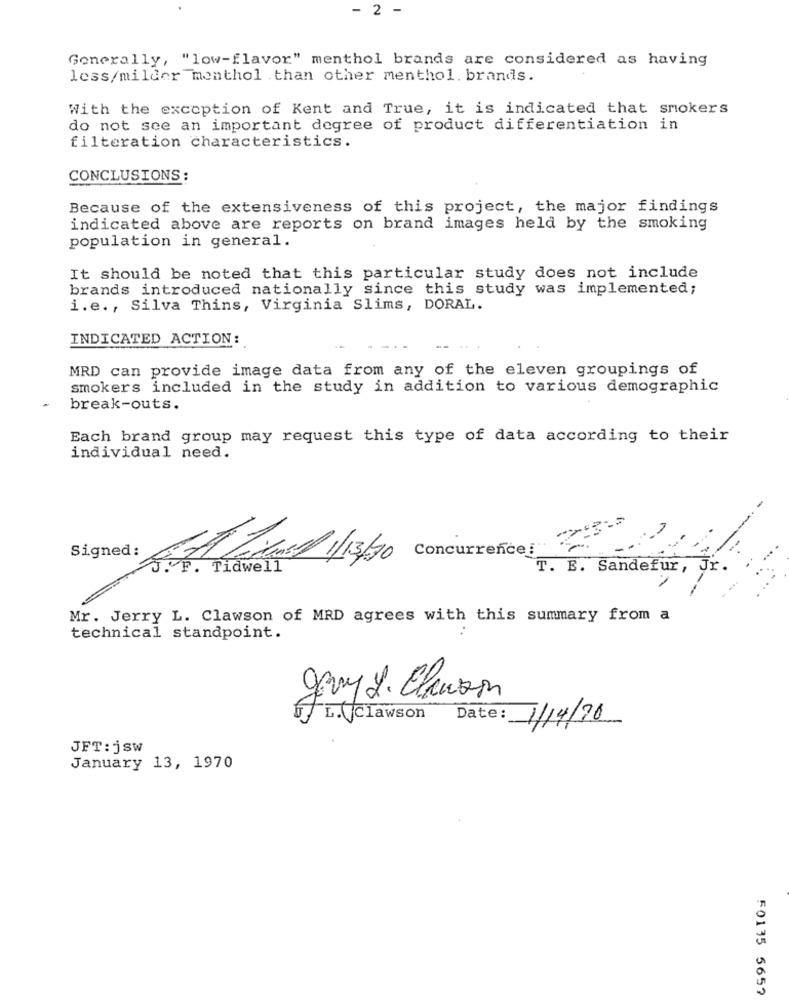
- 2 -
Generally, "low-flavor" menthol brands are considered as having
less/milder monthol than other menthol. brands.
With the exception of Kent and True, it is indicated that smokers
do not see an important degree of product differentiation in
filteration characteristics.
CONCLUSIONS:
Because of the extensiveness of this project, the major findings
indicated above are reports on brand images held by the smoking
population in general.
It should be noted that this particular study does not include
brands introduced nationally since this study was implemented;
i.e ., Silva Thins, Virginia Slims, DORAL.
INDICATED ACTION :
MRD can provide image data from any of the eleven groupings of
smokers included in the study in addition to various demographic
-
break-outs.
Each brand group may request this type of data according to their
individual need.
Concurrence:
Signed: Gt Zu1/13/90
J. F. Tidwell
T. E. Sandefur ,
JI
Mr. Jerry L. Clawson of MRD agrees with this summary from a
technical standpoint.
gary 2. Clauson
L.(Clawson
7/14/20
JFT: jsw
January 13, 1970
50135 5657